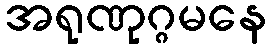
အရုဏုဂ္ဂမနေ